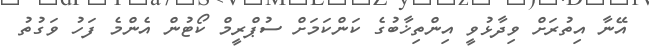
އޭނާ އިތުރަށް ވިދާޅުވީ އިންތިޚާބުގެ ކަންކަމަށް ސުޕްރީމް ކޯޓުން އެންމެ ފަހު ވަގުތު